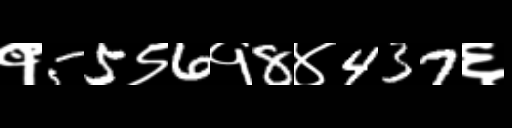
Text: १55९6१8४437६